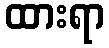
ထားရာ